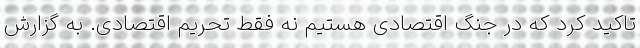
تاکید کرد که در جنگ اقتصادی هستیم نه فقط تحریم اقتصادی. به گزارش